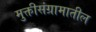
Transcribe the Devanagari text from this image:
मुक्तीसंग्रामातील